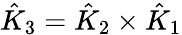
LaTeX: \hat{K}_{3}=\hat{K}_{2}\times\hat{K}_{1}